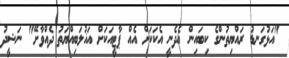
"އަޅުގަނޑު ރައްޔިތުންގެ ކިބައިން އެދެނީ އެކަކަށް އެއް ޕާޓީއަކަށް އަޣުލަބިއްޔަތު ދެއްވާށޭ" ނަޝީދު